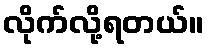
လိုက်လို့ရတယ်။